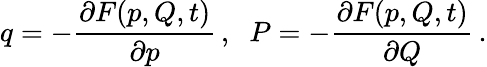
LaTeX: q=-\frac{\partial F(p,Q,t)}{\partial p}\, ,\; \; P=-\frac{\partial F(p,Q,t)}{\partial Q}\, .